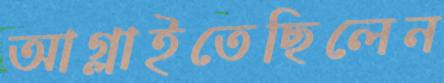
আগ্‌লাইতেছিলেন